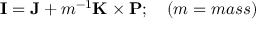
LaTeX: { \bf I } = { \bf J } + m ^ { - 1 } { \bf K } \times { \bf P } ; \quad ( m = m a s s )